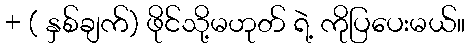
+ ( နှစ်ချက်) ဖိုင်သို့မဟုတ် ရဲ့ ကိုပြပေးမယ်။